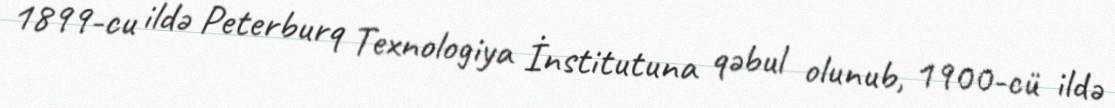
1899-cu ildə Peterburq Texnologiya İnstitutuna qəbul olunub, 1900-cü ildə